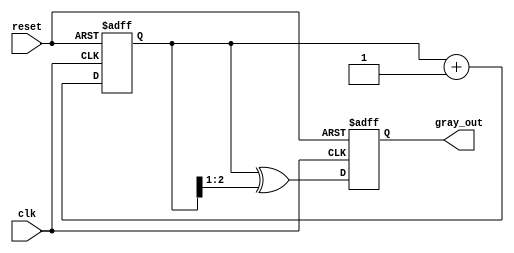
module gray_code_counter #(parameter N = 3) (
    input wire clk,
    input wire reset,
    output reg [N-1:0] gray_out
);

    // Internal binary counter
    reg [N-1:0] binary_count;

    // Always block for synchronous counting and reset
    always @(posedge clk or posedge reset) begin
        if (reset) begin
            // Initialize to the first state of Gray code
            binary_count <= 0;
            gray_out <= 0;
        end else begin
            // Increment binary counter
            binary_count <= binary_count + 1;

            // Convert binary to Gray code
            gray_out <= binary_count ^ (binary_count >> 1);
        end
    end

endmodule